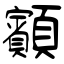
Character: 顮